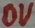
Text: 0V